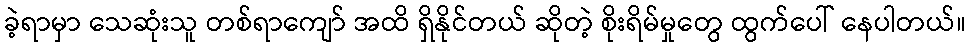
ခဲ့ရာမှာ သေဆုံးသူ တစ်ရာကျော် အထိ ရှိနိုင်တယ် ဆိုတဲ့ စိုးရိမ်မှုတွေ ထွက်ပေါ် နေပါတယ်။